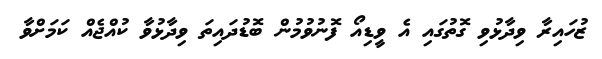
ޒުހައިރާ ވިދާޅުވި ގޮތުގައި އެ ވީޑިއޯ ފޮނުވުމުން ބޮޑުދައިތަ ވިދާޅުވާ ކުއްޖެއް ކަމަށްވާ